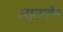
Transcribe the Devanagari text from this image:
लाऊसैन